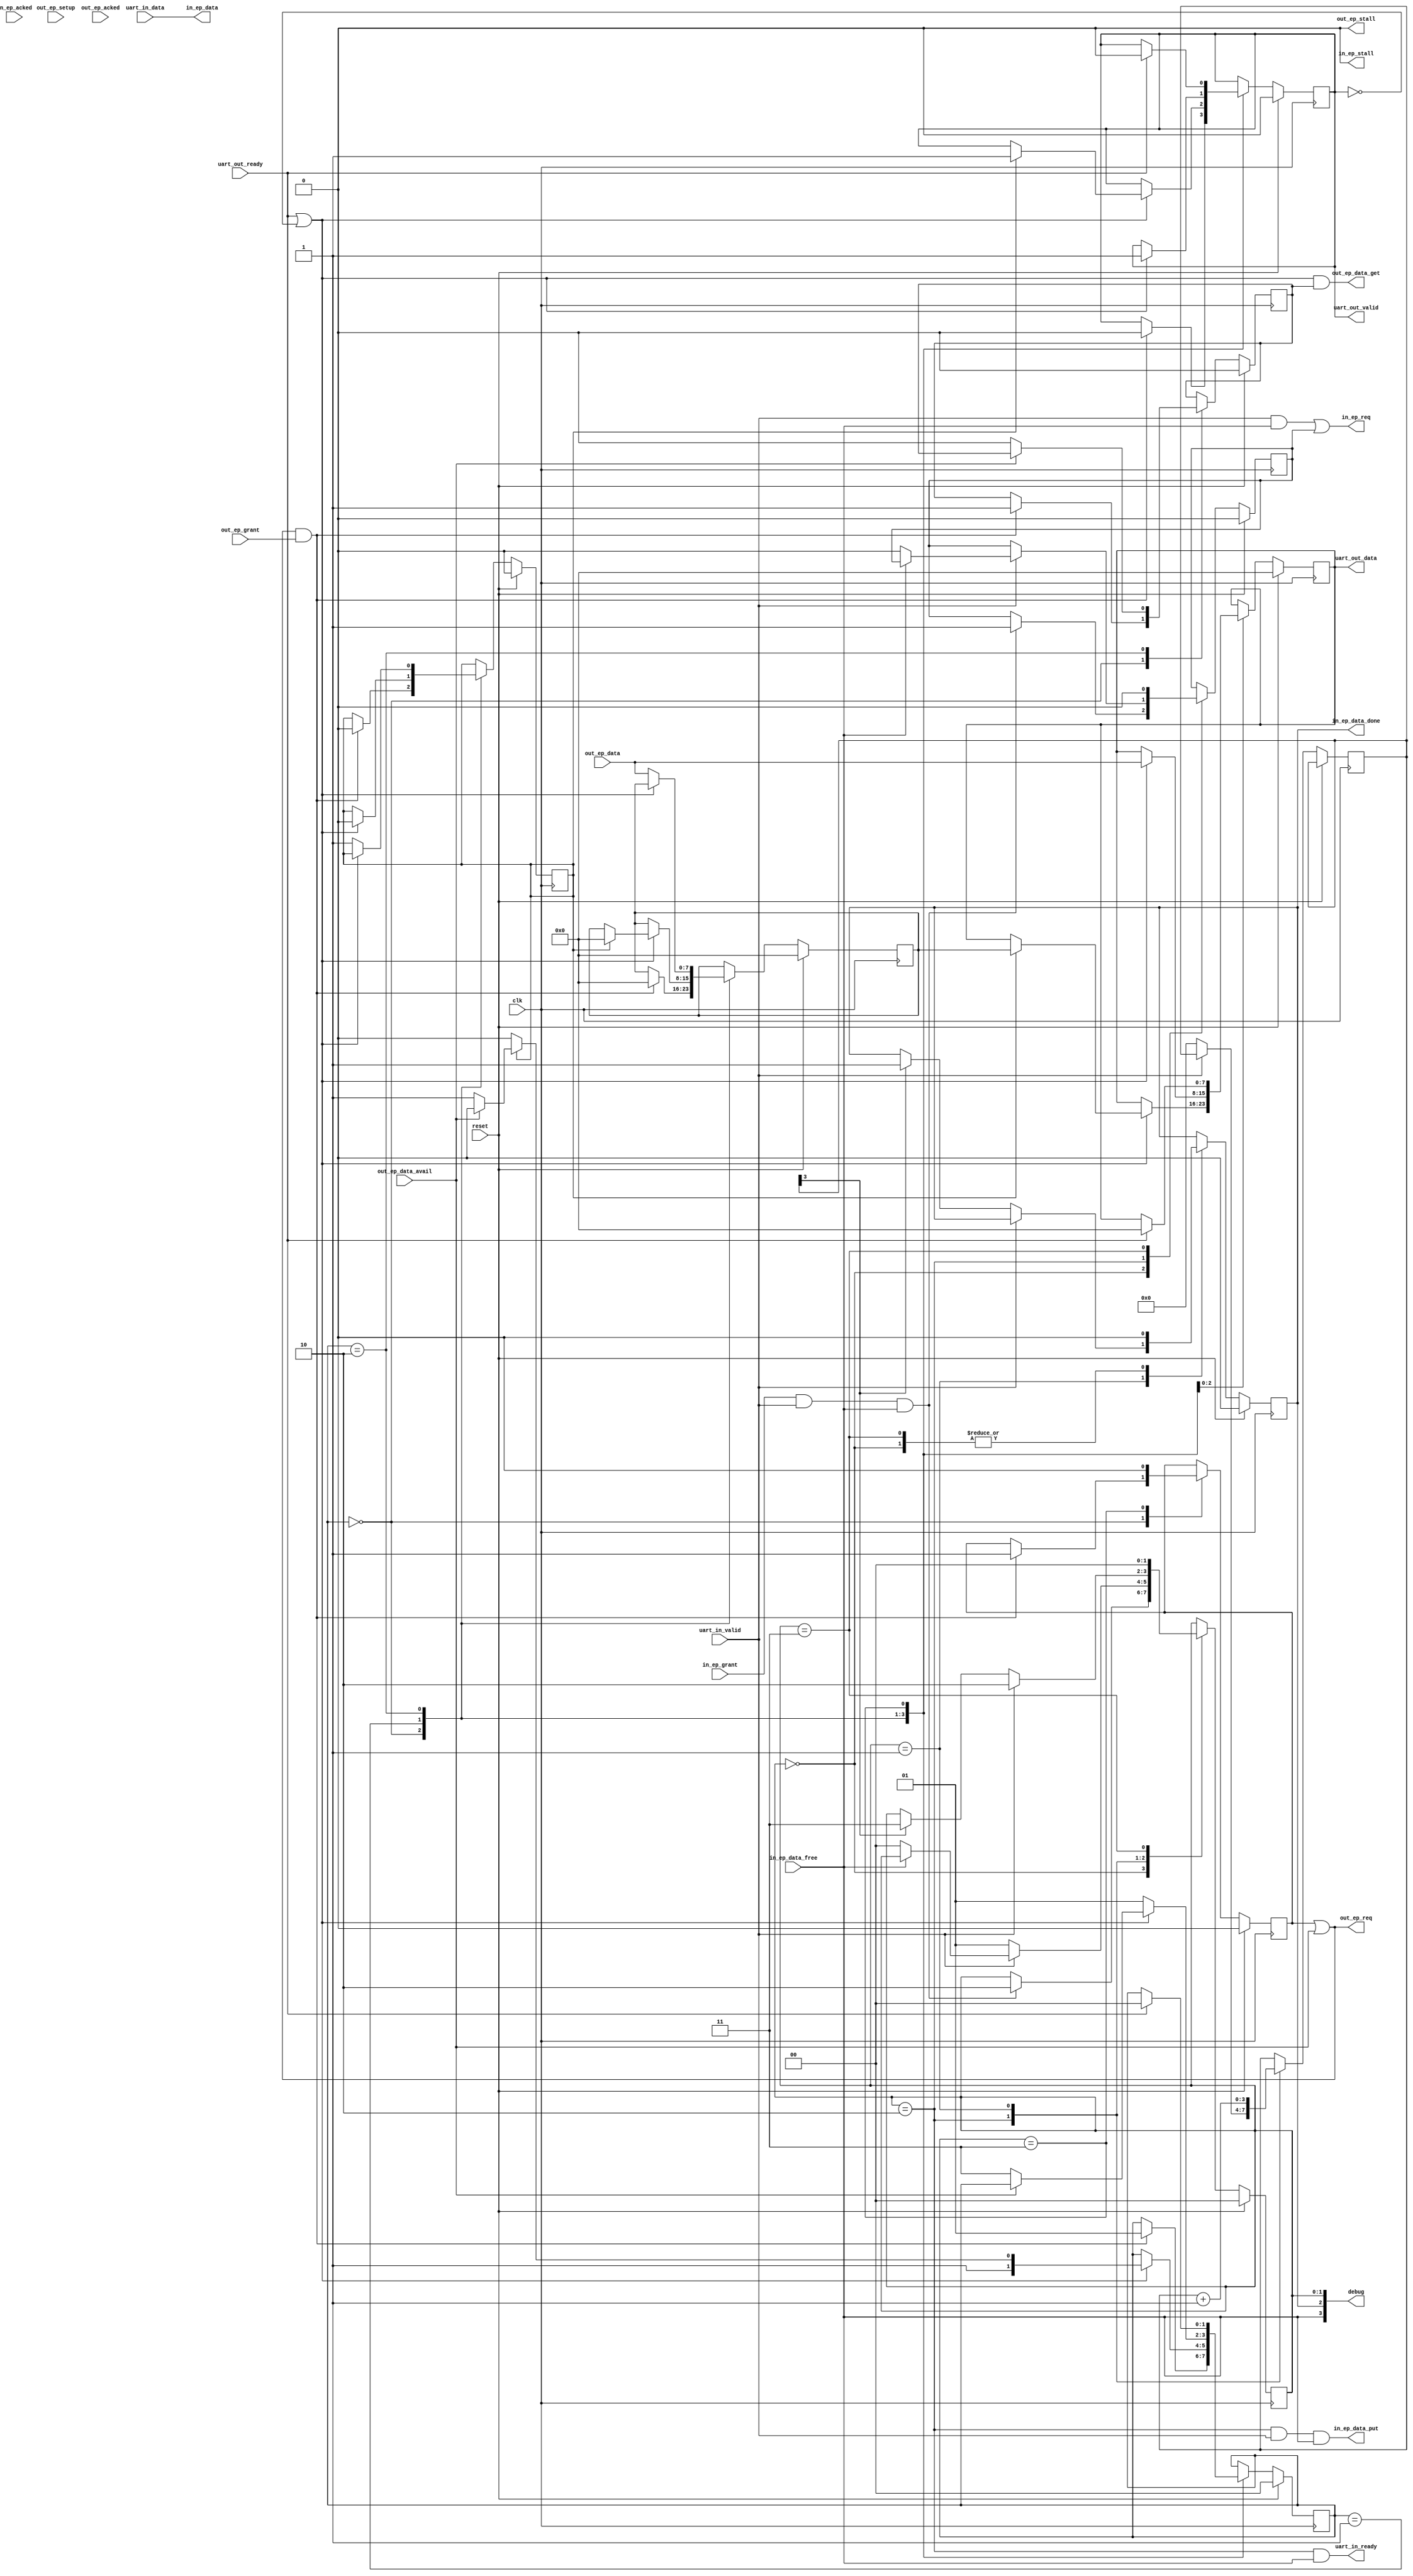
/*
    usb_uart_bridge_ep

    This is the endpoint to uart translator.  Two things to highlight:  the directions
    IN and OUT are set with respect to the HOST, and also in USB, the HOST runs all
    endpoint interactions.

    The out endpoint interface.  This is the out w.r.t. the host, hence in to
    us.  There are request grant, data available and data get signals, stall and
    acked signals.  And the data itself.

    The in endpoint interface.  This is the in w.r.t. the host, hence out to us.
    This interface also has a req and grant.  There's a put signal and a free
    signal.  Stall and acked.  And the data.

    To get data in and out there are two pipeline interfaces - one in and one out.

    OUT (or into this device)

    Roughly, the USB innards signal that a packet has arrived by raising out_ep_data_available.
    The data multiplexor has to be switched, so the interface is requested.  This is
    combinatorial logic so clever req and grant stuff can happen in the same line.

         assign out_ep_req = ( out_ep_req_reg || out_ep_data_avail );

    With the interface granted, the data is free to get.  Every cycle that the out_ep_data_get
    signal is high, the input address is advanced.  Inside the USB innards, when the 
    read address pointer equals the address of the write pointer (when all the data is 
    retreived, the out_ep_data_available flag is lowered and we withdraw our request for
    the interface and go back to idle.

    Interestingly, if you stop taking data... you lose your buffer.  So don't.

    IN (or out of this device back to the host)

    The IN EP works by providing a buffer and waiting for the local logic to fill it, 
    or to say that it's done.  When this happens the interface switches to a new state where
    it waits for a token from the host.  When it get the token, it sends the data.  When that
    is acknoledged, the buffer is released and returned ready to be filled again.

    in_ep_data_free signals that there's a buffer waiting.  And that signal goes low when 
    the buffer is full and not available.

    In the case where a buffer is not full - just sitting around with some data in it, a decision
    has to be made at some point just to send.  This is handled by a timeout mechanism, which 
    asserts in_ep_data_done and lets the buffer be sent.

    In the case where the buffer fills to the top, in_ep_data_free goes low by itself.

*/

module usb_uart_bridge_ep (
  input clk,
  input reset,

  ////////////////////
  // out endpoint interface
  ////////////////////
  output out_ep_req,               // request the data interface for the out endpoint
  input out_ep_grant,              // data interface granted
  input out_ep_data_avail,         // flagging data available to get from the host - stays up until the cycle upon which it is empty
  input out_ep_setup,              // [setup packet sent? - not used here]
  output out_ep_data_get,          // request to get the data
  input [7:0] out_ep_data,         // data from the host
  output out_ep_stall,             // an output enabling the device to stop inputs (not used)
  input out_ep_acked,              // indicating that the outgoing data was acked

  ////////////////////
  // in endpoint interface
  ////////////////////
  output in_ep_req,                // request the data interface for the in endpoint
  input in_ep_grant,               // data interface granted
  input in_ep_data_free,           // end point is ready for data - (specifically there is a buffer and it has space)
                                   // after going low it takes a while to get another back, but it does this automatically
  output in_ep_data_put,           // forces end point to read our data
  output [7:0] in_ep_data,         // data back to the host
  output in_ep_data_done,          // signalling that we're done sending data
  output in_ep_stall,              // an output enabling the device to stop outputs (not used)
  input in_ep_acked,               // indicating that the outgoing data was acked

  // uart pipeline in
  input [7:0] uart_in_data,
  input       uart_in_valid,
  output      uart_in_ready,

  // uart pipeline out
  output [7:0] uart_out_data,
  output       uart_out_valid,
  input        uart_out_ready,

  output [3:0] debug
);

  // Timeout counter width.
  localparam TimeoutWidth = 3;

  // We don't stall
  assign out_ep_stall = 1'b0;
  assign in_ep_stall = 1'b0;

  // Registers for the out pipeline (out of the module)
  reg [7:0] uart_out_data_reg;
  reg [7:0] uart_out_data_overflow_reg;
  reg       uart_out_valid_reg;

  // registers for the out end point (out of the host)
  reg       out_ep_req_reg;
  reg       out_ep_data_get_reg;

  // out pipeline / out endpoint state machine state (6 states -> 3 bits)
  reg [1:0] pipeline_out_state;

  localparam PipelineOutState_Idle         = 0;
  localparam PipelineOutState_WaitData     = 1;
  localparam PipelineOutState_PushData     = 2;
  localparam PipelineOutState_WaitPipeline = 3;

  // connect the pipeline registers to the outgoing ports
  assign uart_out_data = uart_out_data_reg;
  assign uart_out_valid = uart_out_valid_reg;

  // automatically make the bus request from the data_available
  // latch it with out_ep_req_reg
  assign out_ep_req = ( out_ep_req_reg || out_ep_data_avail );

  wire out_granted_data_available;

  assign out_granted_data_available = out_ep_req && out_ep_grant;

  assign out_ep_data_get = ( uart_out_ready || ~uart_out_valid_reg ) && out_ep_data_get_reg;

  reg [7:0] out_stall_data;
  reg       out_stall_valid;

  // do HOST OUT, DEVICE IN, PIPELINE OUT (!)
  always @(posedge clk) begin
      if ( reset ) begin
          pipeline_out_state <= PipelineOutState_Idle;
          uart_out_data_reg <= 0;
          uart_out_valid_reg <= 0;
          out_ep_req_reg <= 0;
          out_ep_data_get_reg <= 0;
          out_stall_data <= 0;
          out_stall_valid <= 0;
      end else begin
          case( pipeline_out_state )
              PipelineOutState_Idle: begin
                  // Waiting for the data_available signal indicating that a data packet has arrived
                  if ( out_granted_data_available ) begin
                      // indicate that we want the data
                      out_ep_data_get_reg <= 1;
                      // although the bus has been requested automatically, we latch the request so we control it
                      out_ep_req_reg <= 1;
                      // now wait for the data to set up
                      pipeline_out_state <= PipelineOutState_WaitData;
                      uart_out_valid_reg <= 0;
                      out_stall_data <= 0;
                      out_stall_valid <= 0;
                  end
              end
              PipelineOutState_WaitData: begin
                  // it takes one cycle for the juices to start flowing
                  // we got here when we were starting or if the outgoing pipe stalled
                  if ( uart_out_ready || ~uart_out_valid_reg ) begin
                      //if we were stalled, we can send the byte we caught while we were stalled
                      // the actual stalled byte now having been VALID & READY'ed
                      if ( out_stall_valid ) begin
                        uart_out_data_reg <= out_stall_data;
                        uart_out_valid_reg <= 1;
                        out_stall_data <= 0;
                        out_stall_valid <= 0;
                        if ( out_ep_data_avail )
                          pipeline_out_state <= PipelineOutState_PushData;
                        else begin
                          pipeline_out_state <= PipelineOutState_WaitPipeline;
                        end
                      end else begin
                          pipeline_out_state <= PipelineOutState_PushData;
                      end
                  end
              end
              PipelineOutState_PushData: begin
                  // can grab a character if either the out was accepted or the out reg is empty
                  if ( uart_out_ready || ~uart_out_valid_reg ) begin
                    // now we really have got some data and a place to shove it
                    uart_out_data_reg <= out_ep_data;
                    uart_out_valid_reg <= 1;
                    if ( ~out_ep_data_avail ) begin
                        // stop streaming, now just going to wait until the character is accepted
                        out_ep_data_get_reg <= 0;
                        pipeline_out_state <= PipelineOutState_WaitPipeline;
                    end
                  end else begin
                    // We're in push data so there is a character, but our pipeline has stalled
                    // need to save the character and wait.
                    out_stall_data <= out_ep_data;
                    out_stall_valid <= 1;
                    pipeline_out_state <= PipelineOutState_WaitData;                     
                    if ( ~out_ep_data_avail )
                        out_ep_data_get_reg <= 0;
                  end
              end
              PipelineOutState_WaitPipeline: begin
                  // unhand the bus (don't want to block potential incoming) - be careful, this works instantly!
                  out_ep_req_reg <= 0;
                  if ( uart_out_ready ) begin
                      uart_out_valid_reg <= 0;
                      uart_out_data_reg <= 0;
                      pipeline_out_state <= PipelineOutState_Idle;
                  end

              end

          endcase
      end
  end

  // in endpoint control registers
  reg       in_ep_req_reg;
  reg       in_ep_data_done_reg;

  // in pipeline / in endpoint state machine state (4 states -> 2 bits)
  reg [1:0] pipeline_in_state;

  localparam PipelineInState_Idle      = 0;
  localparam PipelineInState_WaitData  = 1;
  localparam PipelineInState_CycleData = 2;
  localparam PipelineInState_WaitEP    = 3;

  // connect the pipeline register to the outgoing port
  assign uart_in_ready = ( pipeline_in_state == PipelineInState_CycleData ) && in_ep_data_free;

  // uart_in_valid and a buffer being ready is the request for the bus. 
  // It is granted automatically if available, and latched on by the SM.
  // Note once requested, uart_in_valid may go on and off as data is available.
  // When requested, connect the end point registers to the outgoing ports
  assign in_ep_req = ( uart_in_valid && in_ep_data_free) || in_ep_req_reg;

  // Confirmation that the bus was granted
  wire in_granted_in_valid = in_ep_grant && uart_in_valid;

  // Here are the things we use to get data sent
  // ... put this word
  assign in_ep_data_put = ( pipeline_in_state == PipelineInState_CycleData ) && uart_in_valid && in_ep_data_free;
  // ... we're done putting - send the buffer
  assign in_ep_data_done = in_ep_data_done_reg;
  // ... the actual data, direct from the pipeline to the usb in buffer
  assign in_ep_data = uart_in_data;

  // If we have a half filled buffer, send it after a while by using a timer
  // 4 bits of counter, we'll just count up until bit 3 is high... 8 clock cycles seems more than enough to wait
  // to send the packet
  reg [TimeoutWidth:0] in_ep_timeout;

  // do PIPELINE IN, FPGA/Device OUT, Host IN
  always @(posedge clk) begin
      if ( reset ) begin
          pipeline_in_state <= PipelineInState_Idle;
          in_ep_req_reg <= 0;
          in_ep_data_done_reg <= 0;
      end else begin
          case( pipeline_in_state )
              PipelineInState_Idle: begin
                  in_ep_data_done_reg <= 0;
                  if ( in_granted_in_valid && in_ep_data_free ) begin
                      // got the bus, there is free space, now do the data
                      // confirm request bus - this will hold the request up until we're done with it
                      in_ep_req_reg <= 1;
                      pipeline_in_state <= PipelineInState_CycleData;
                  end
              end
              PipelineInState_CycleData: begin
                  if  (uart_in_valid ) begin
                      if ( ~in_ep_data_free ) begin
                        // back to idle
                        pipeline_in_state <= PipelineInState_Idle;
                        // release the bus
                        in_ep_req_reg <= 0;
                      end
                  end else begin
                      // No valid character.  Let's just pause for a second to see if any more are forthcoming.
                      // clear the timeout counter
                      in_ep_timeout <= 0;
                      pipeline_in_state <= PipelineInState_WaitData;
                 end
              end
              PipelineInState_WaitData: begin
                  in_ep_timeout <= in_ep_timeout + 1;
                  if ( uart_in_valid ) begin
                      pipeline_in_state <= PipelineInState_CycleData;                
                  end else begin
                        // check for a timeout
                        if ( in_ep_timeout[ TimeoutWidth ] ) begin
                            in_ep_data_done_reg <= 1;
                            pipeline_in_state <= PipelineInState_WaitEP;
                        end
                  end
              end

              PipelineInState_WaitEP: begin
                  // maybe done is ignored if putting?
                  in_ep_data_done_reg <= 0;

                  // back to idle
                  pipeline_in_state <= PipelineInState_Idle;
                  // release the bus
                  in_ep_req_reg <= 0;
              end
          endcase
      end
  end

  assign debug = { in_ep_data_free, in_ep_data_done, pipeline_in_state[ 1 ], pipeline_in_state[ 0 ] };  

endmodule